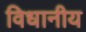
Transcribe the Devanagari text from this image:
विधानीय